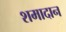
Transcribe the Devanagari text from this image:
शमादान